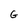
Character: G